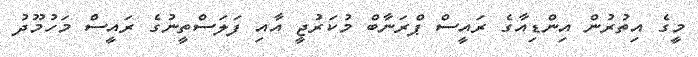
މީގެ އިތުރުން އިންޑިއާގެ ރައީސް ޕްރަނާބް މުކަރުޖީ އާއި ފަލަސްތީނުގެ ރައީސް މަހުމޫދު